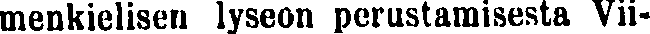
menkielisen lyseon perustamisesta Vii-